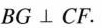
BG⊥CF.